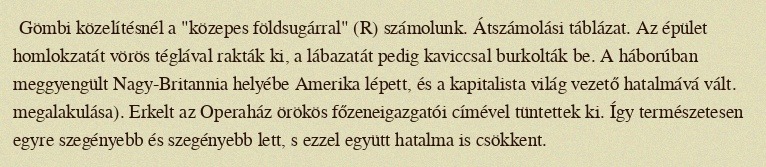
Gömbi közelítésnél a "közepes földsugárral" (R) számolunk. Átszámolási táblázat. Az épület homlokzatát vörös téglával rakták ki, a lábazatát pedig kaviccsal burkolták be. A háborúban meggyengült Nagy-Britannia helyébe Amerika lépett, és a kapitalista világ vezető hatalmává vált. megalakulása). Erkelt az Operaház örökös főzeneigazgatói címével tüntettek ki. Így természetesen egyre szegényebb és szegényebb lett, s ezzel együtt hatalma is csökkent.